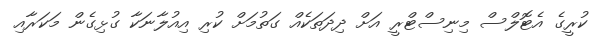
ކުރީގެ އެޓޮލްސް މިނިސްޓްރީ އަށް ދިދަތަކެއް ގަތުމަށް ކުރި އިއުލާނަކާ ގުޅިގެން މަކަރާއި